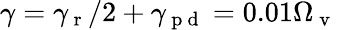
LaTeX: \gamma=\gamma_{\mathrm{~r~}}/2+\gamma_{\mathrm{~p~d~}}=0.01\Omega_{\mathrm{~v~}}